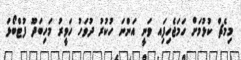
މިމެޗް ކުޅުމަށް ހަމަޖެހިފަިއ ވަނީ އަންނަ ހުކުރު ދުވަހު ހަވީރު މަހިބަދޫ ފުޓްބޯޅަ